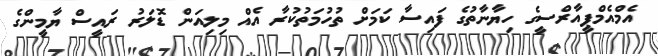
އެމްއެމްޕީއާރްސީގެ ހިޔާނާތުގެ ފައިސާ ކަމަށް ތުހުމަތުކުރާ އެއް މިލިއަން ޑޮލަރު ރައީސް ޔާމީންގެ